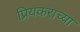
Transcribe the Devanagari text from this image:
प्रियकराच्या